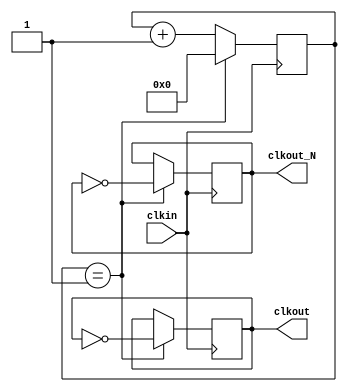
module ClockDivider (
	clkin               ,
	clkout              ,
	clkout_N
);

input					clkin;
output			reg		clkout			= 0;
output			reg		clkout_N		= 1;


reg			[25:0]		count			= 25'b0;

parameter				DivideNum		= 25'd1;//25'd25000000;


always @(posedge clkin) begin
	if (count == DivideNum) begin
		count		<= 25'b0;
		clkout		<= !clkout;
		clkout_N	<= !clkout_N;
	end else begin
		count		<= count + 25'b1;
	end
end


endmodule